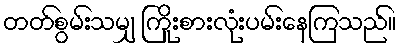
တတ်စွမ်းသမျှ ကြိုးစားလုံးပမ်းနေကြသည်။